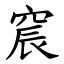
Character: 䆣